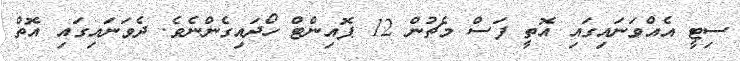
ސިޓީ އެއްވަނައިގައި އޮތީ ފަސް މެޗުން 12 ޕޮއިންޓް ހޯދައިގެންނެވެ. ދެވަނައިގައި އޮތް